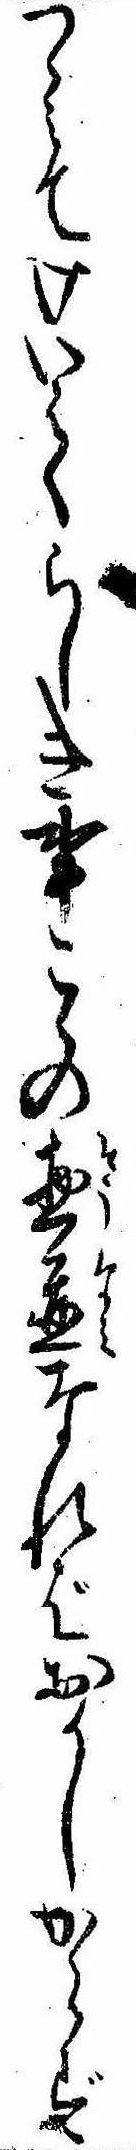
つゝみてけいはくらしき事こゝの惣並なればおかしからず